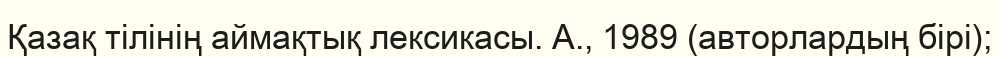
Қазақ тілінің аймақтық лексикасы. А., 1989 (авторлардың бірі);